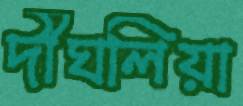
দীঘলিয়া